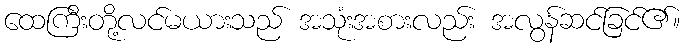
ထေကြီးတို့လင်မယားသည် အသုံးအစားလည်း အလွန်ဆင်ခြင်၏။